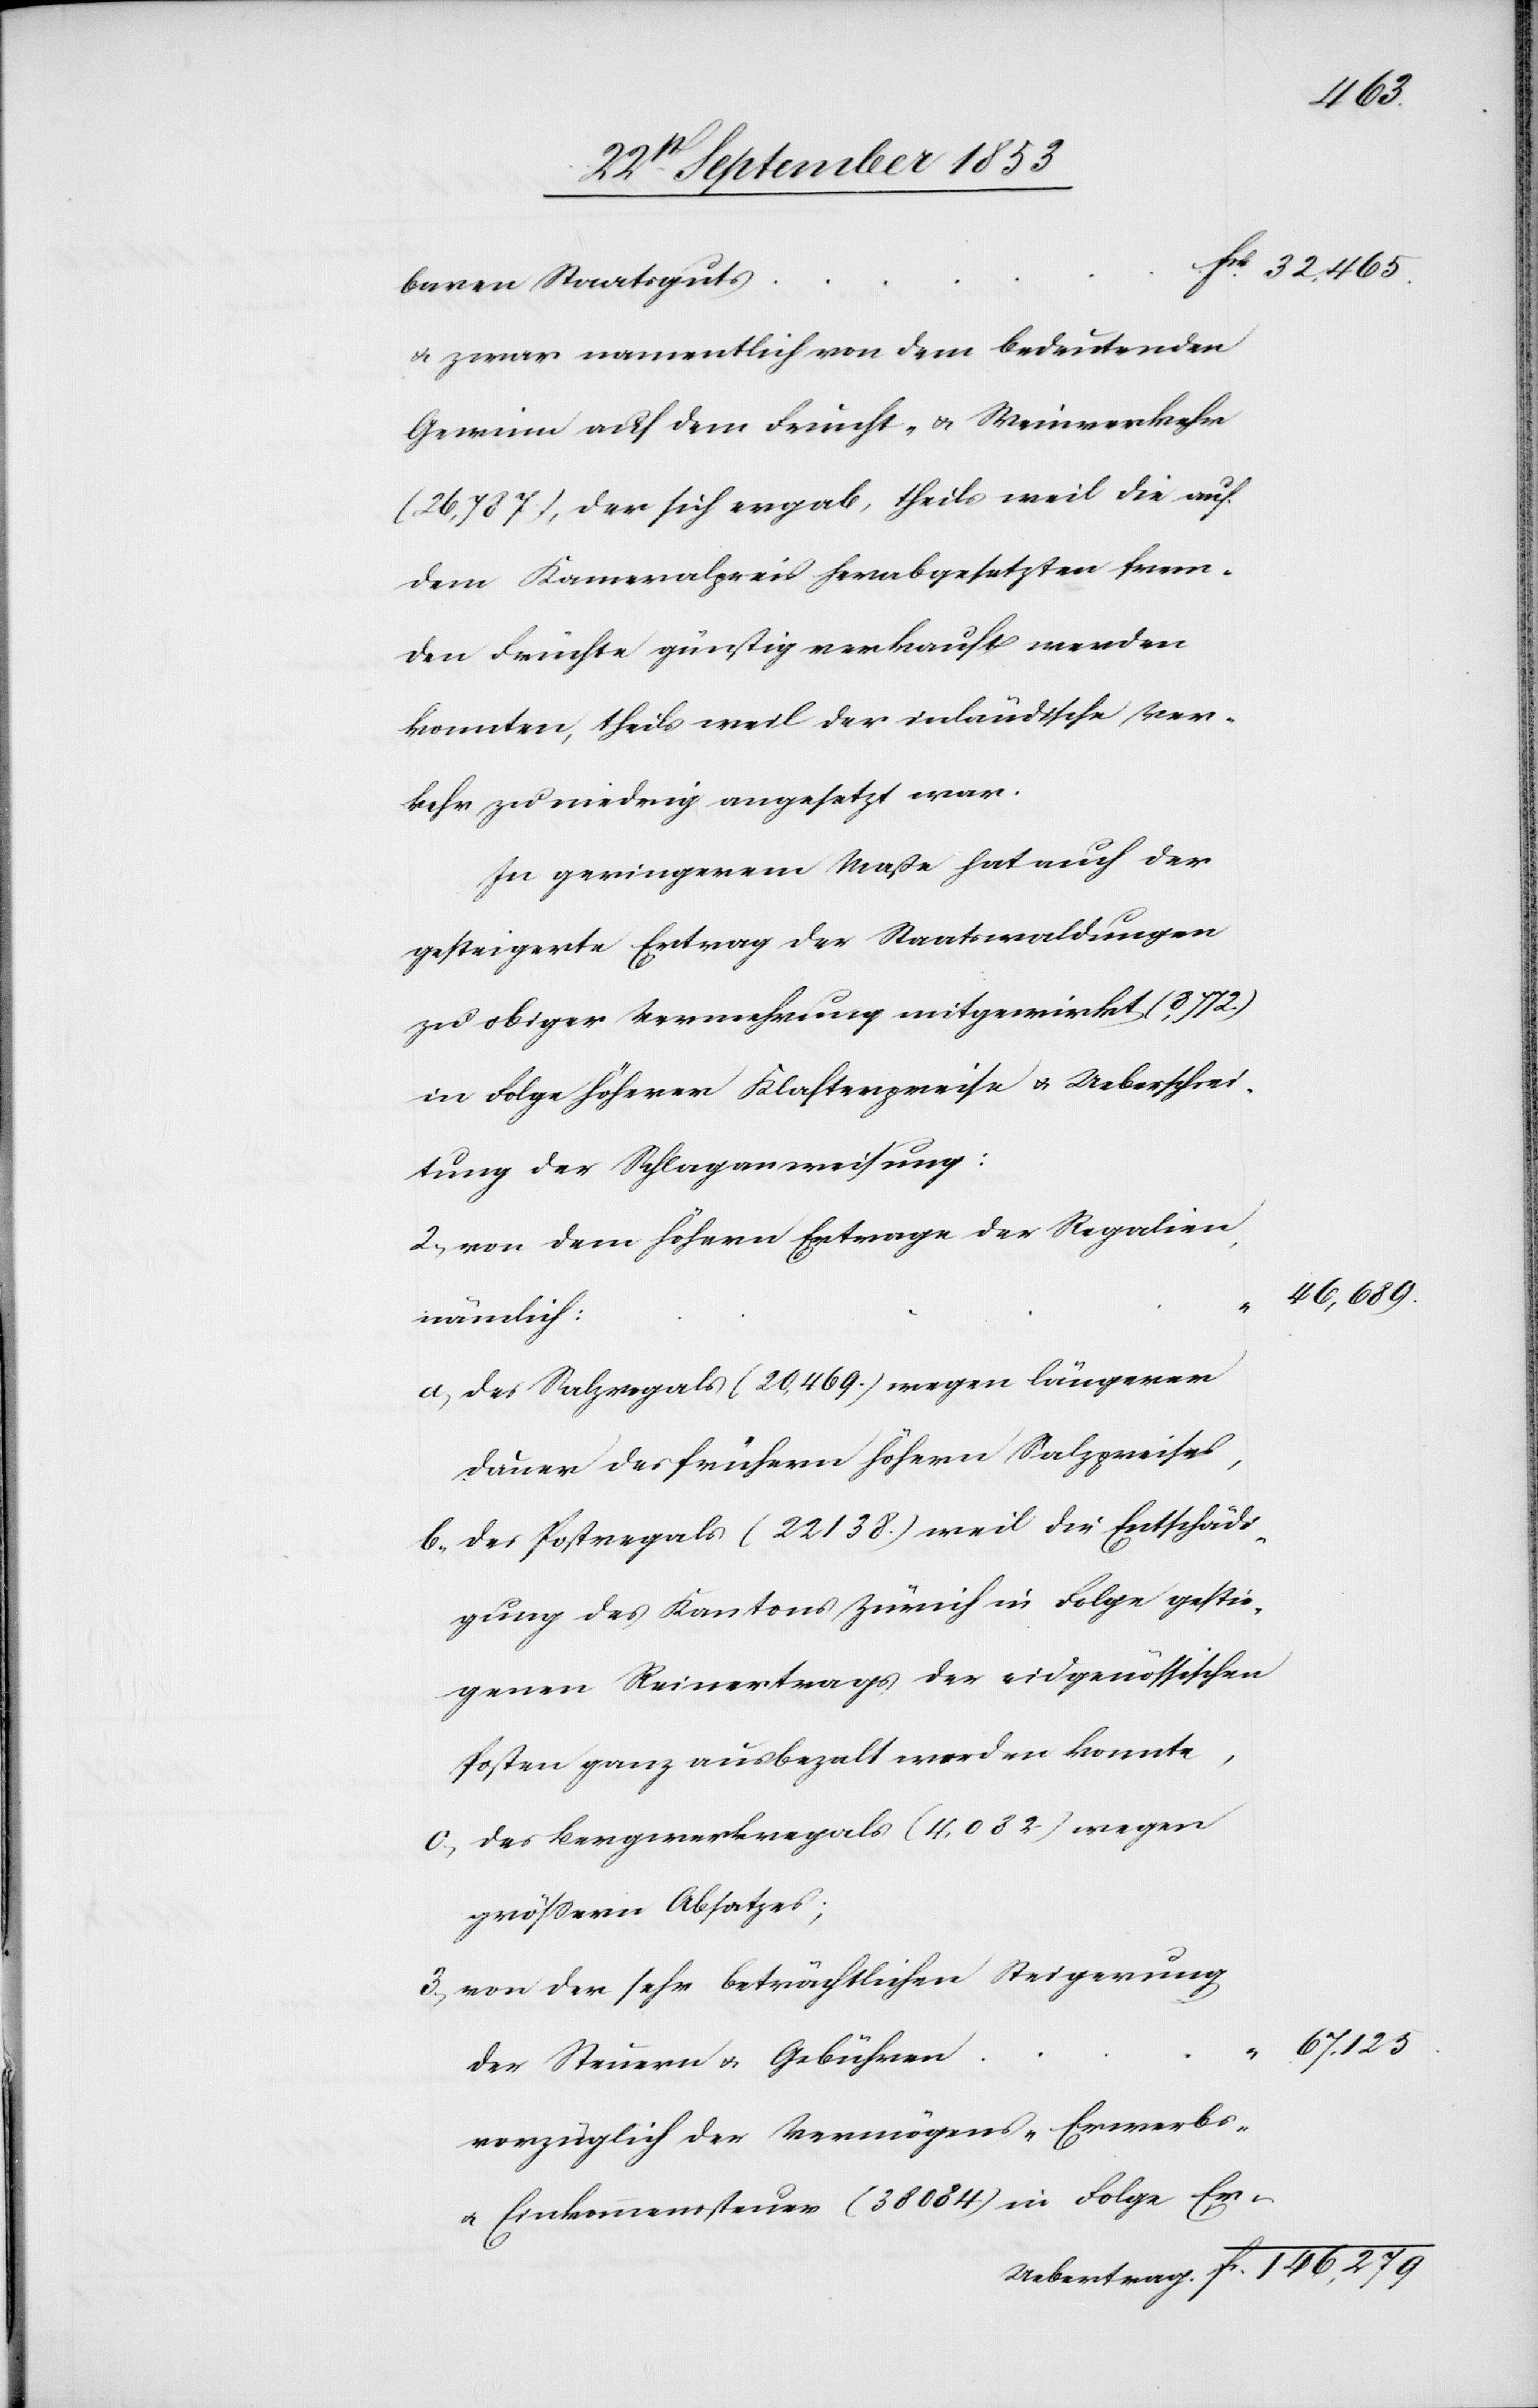
“ 32, 465
baren Staatsguts
u. zwar namentlich dem bedeutenden
Gewinn auf dem Frucht- u. Weinverkehr
(26,787), der sich ergab, theils weil die auf
dem Kameralpreis herabgesetzten frem¬
den Früchte günstig verkauft werden
konnten, theils weil der südländische Ver¬
kehr zu niedrig angesetzt war.
In geringerem Maße hat auch der
gesteigerte Ertrag der Staatswaldungen
zu obiger Verrechnung mitgewirkt (8,772)
in Folge höherer Klasterpreise u. Ueberschrei¬
tung der Schlaganweisung:
2, von dem höheren Ertrage der Regalien
46,689
nämlich:
a, des Salzregals (20,469) wegen längerer
Dauer des frühern höhern Salzpreises,
b, des Postregals (22,138) weil die Entschädi¬
gung des Kantons Zürch in Folge gestie¬
genen Reinertrags der eidgenössischen
Posten ganz ausbezahlt werden konnte,
c, des Bergwerkregals (4,082) wegen
größern Absatzes;
3, von der sehr beträchtlichen Steigerung
der Steuern u. Gebühren
vorzüglich der Vermögens- u. Erwerbs-
u. Einkommenssteuer (38084) in Folge Er-